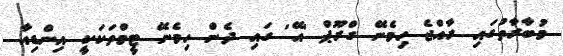
މުބާރާތުގައި ރާއްޖެ ހިމެނޭ ގްރޫޕް 'އޭ' ގައި ދެން ހިމެނޭ ޓީމްތަކަކީ އިންޑިއާ